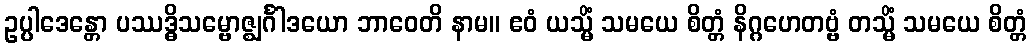
ဥပ္ပါဒေန္တော ပဿဒ္ဓိသမ္ဗောဇ္ဈင်္ဂါဒယော ဘာဝေတိ နာမ။ ဧဝံ ယသ္မိံ သမယေ စိတ္တံ နိဂ္ဂဟေတဗ္ဗံ တသ္မိံ သမယေ စိတ္တံ